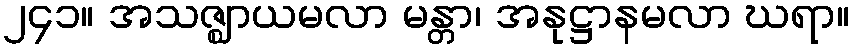
၂၄၁။ အသဇ္ဈာယမလာ မန္တာ၊ အနုဋ္ဌာနမလာ ဃရာ။